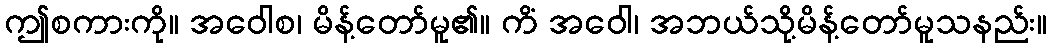
ဤစကားကို။ အဝေါစ၊ မိန့်တော်မူ၏။ ကိံ အဝေါ၊ အဘယ်သို့မိန့်တော်မူသနည်း။